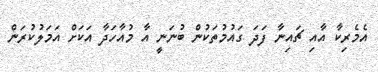
އެމެރިކާ އާއި ޗައިނާ ފަދަ ގައުމުތަކުން ބުނަނީ އާ މުއާހަދާ އަކަށް އަމަލުކުރަން